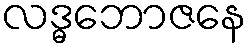
လဒ္ဓဘောဇနေ